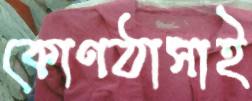
কোণঠাসাই